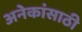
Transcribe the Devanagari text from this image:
अनेकांसाठी